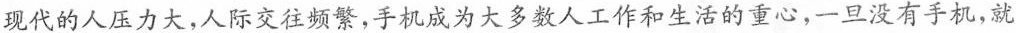
现代的人压力大，人际交往频繁，手机成为大多数人工作和生活的重心，一旦没有手机，就